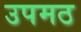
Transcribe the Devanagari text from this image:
उपमठ